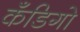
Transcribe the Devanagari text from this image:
कँडिगो